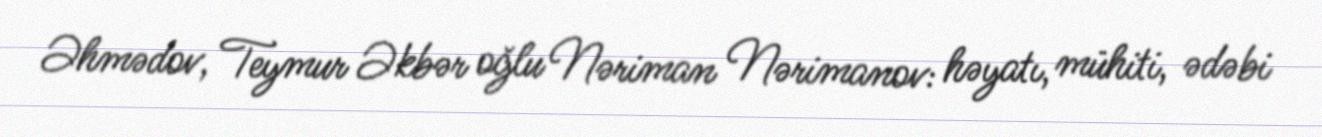
Əhmədov, Teymur Əkbər oğlu Nəriman Nərimanov: həyatı, mühiti, ədəbi